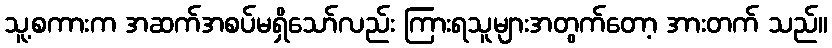
သူ့စကားက အဆက်အစပ်မရှိသော်လည်း ကြားရသူများအတွက်တော့ အားတက် သည်။